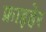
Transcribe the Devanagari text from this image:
फ्राइहेर